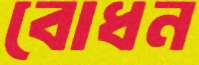
বোধন